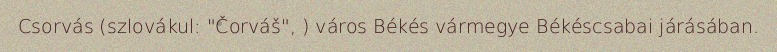
Csorvás (szlovákul: "Čorváš", ) város Békés vármegye Békéscsabai járásában.